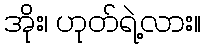
အိုး၊ ဟုတ်ရဲ့လား။